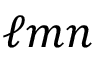
\ell m n